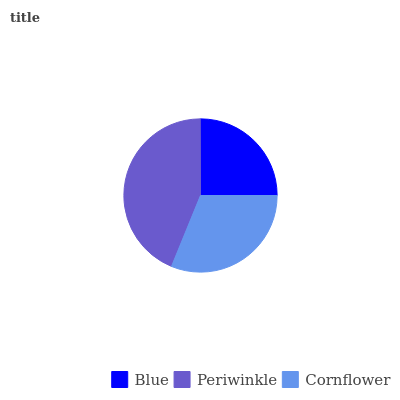
| Blue | Periwinkle | Cornflower |
 | --- | --- | --- |
 | 25% | 43.8% | 31.2% |